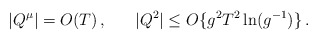
\begin{align*}|Q^\mu| = O (T) \, , \;\;\;\;\;\; |Q^2| \leq O \{ g^2 T^2 \ln (g^{- 1}) \} \, . \end{align*}